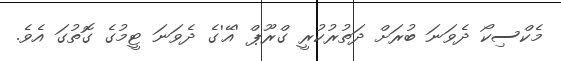
މެކްސިކޯ ދެވަނަ ބުރަށް ދަތުރުކުރީ ގްރޫޕް 'އޭ'ގެ ދެވަނަ ޓީމުގެ ގޮތުގަ އެވެ.